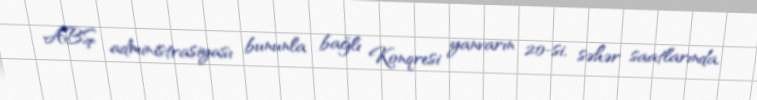
ABŞ administrasiyası bununla bağlı Konqresi yanvarın 20-si, səhər saatlarında,